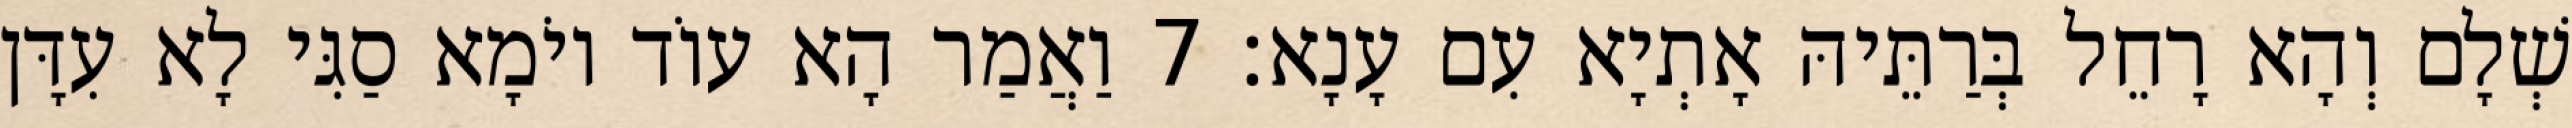
שְׁלָם וְהָא רָחֵל בְּרַתֵּיהּ אָתְיָא עִם עָנָא׃ 7 וַאֲמַר הָא עוֹד יוֹמָא סַגִּי לָא עִדָּן